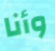
وأنا